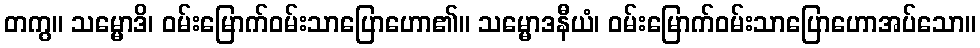
တကွ။ သမ္မောဒိ၊ ဝမ်းမြောက်ဝမ်းသာပြောဟော၏။ သမ္မောဒနီယံ၊ ဝမ်းမြောက်ဝမ်းသာပြောဟောအပ်သော။